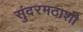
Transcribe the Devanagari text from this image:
सुंदरमठाशी